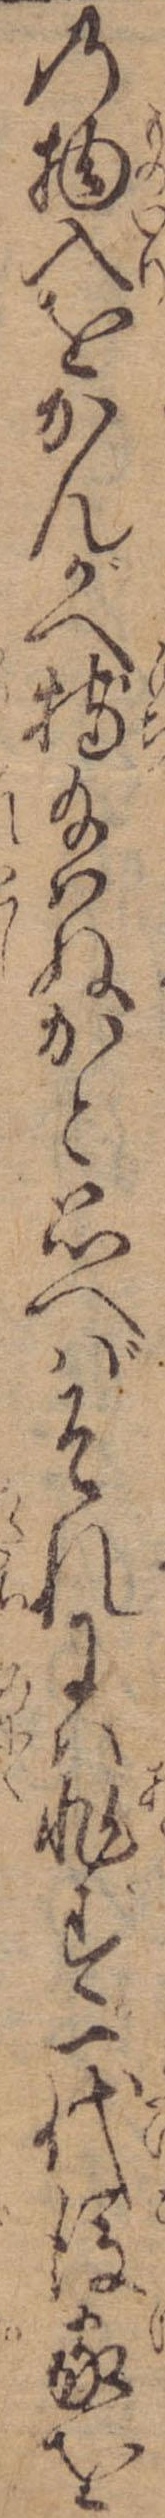
の物入をかんがへ持給はぬかと思へばそれには非ず一代後家を